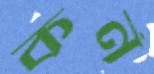
কর্ন